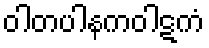
ဝါတပါနကဝါဋကံ